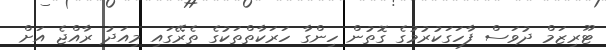
ޓޫރިޒަމް ދުވަސް ފާހަގަކުރުމުގެ ގޮތުން ހިންގާ ހަރަކާތްތަކުގެ ތެރޭގައި މިއަދު ރާއްޖެ އަށް